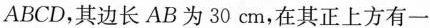
ABCD，其边长AB为30cm，在其正上方有一